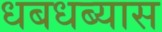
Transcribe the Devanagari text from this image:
धबधब्यास